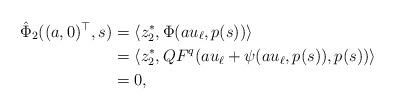
LaTeX: \begin{align*}\hat \Phi_2((a,0)^\top,s) &= \langle z_2^*, \Phi(a u_\ell, p(s))\rangle\\&=\langle z_2^*, QF^q(au_\ell + \psi(a u_\ell, p(s)), p(s))\rangle\\&=0,\end{align*}